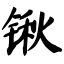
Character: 锹